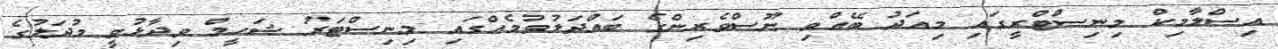
އިސްލާމިކް މިނިސްޓްރީގައި މިއަދު ބޭއްވި ނޫސްވެރިންގެ ބައްދަލުވުމެއްގައި މިނިސްޓަރު ޝަހީމް ވިދާޅުވީ މުދަލުގެ